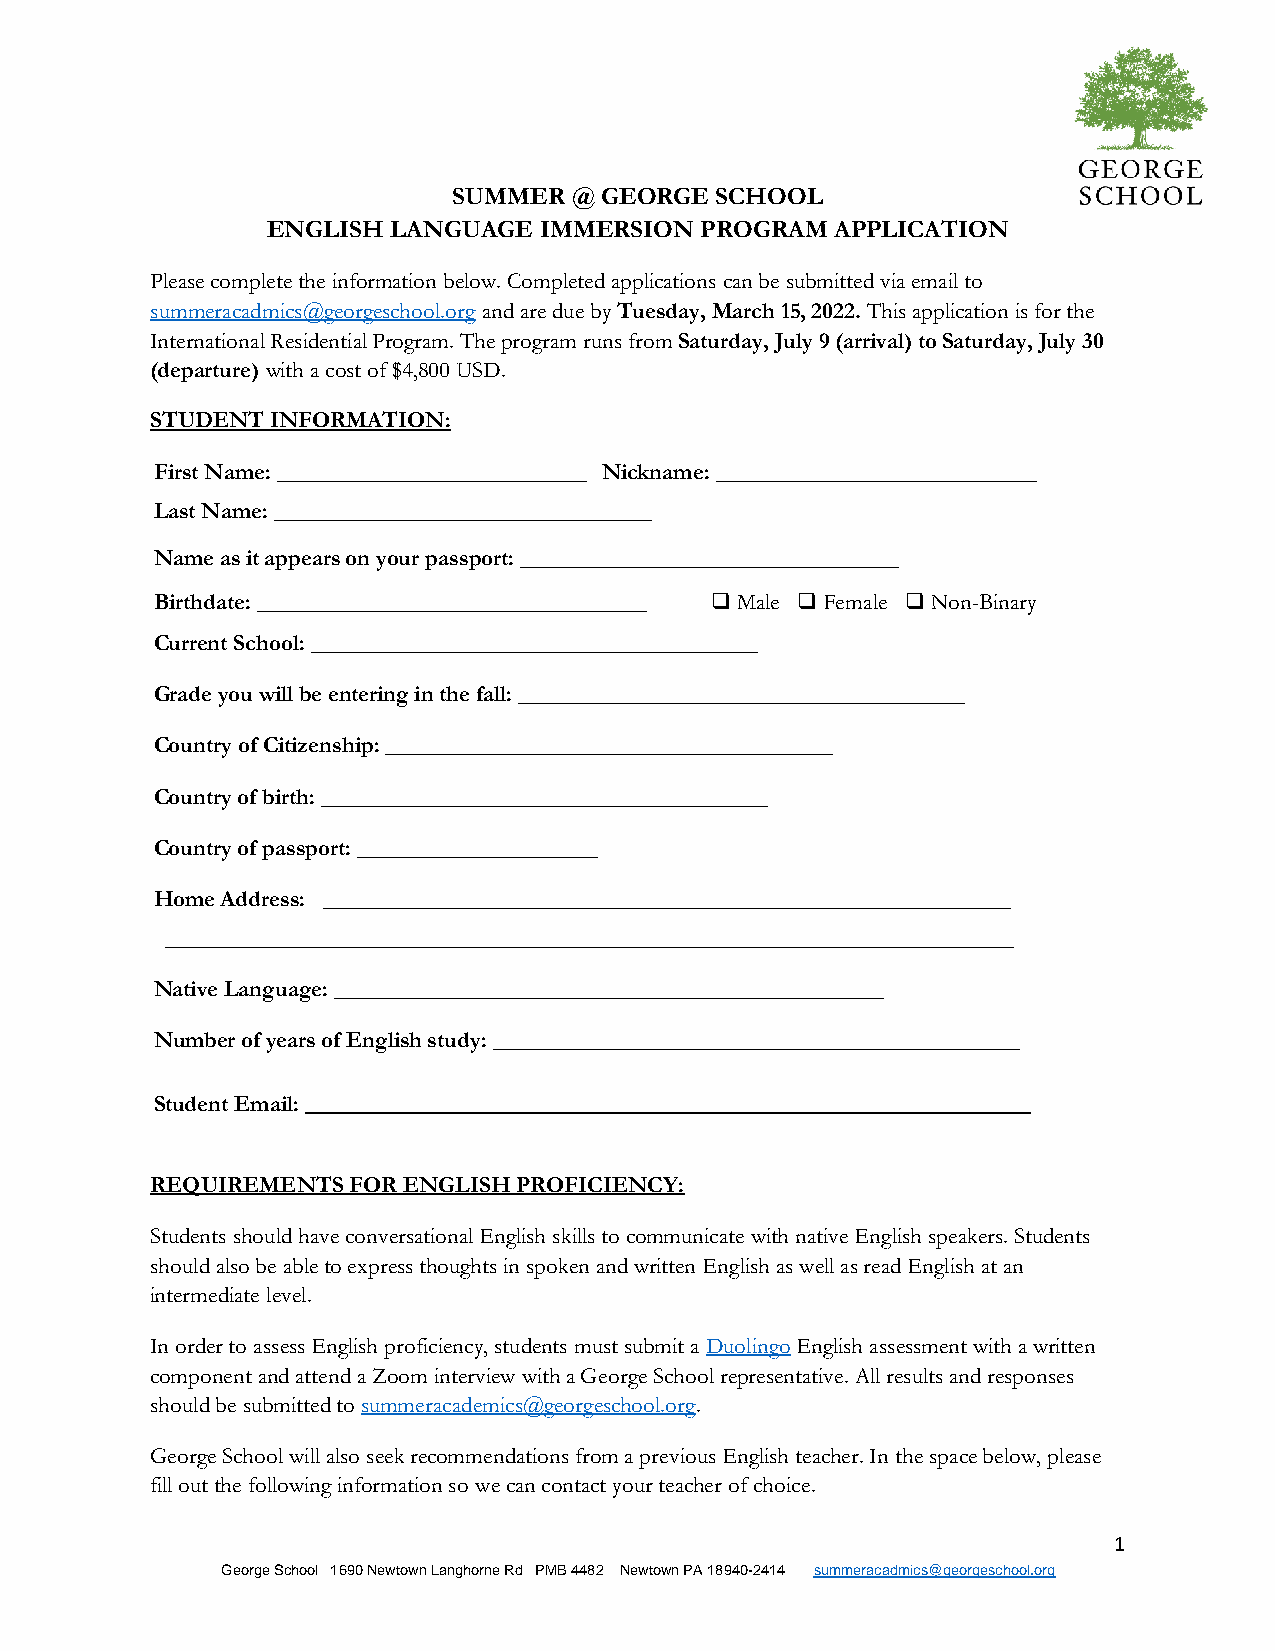
SUMMER  @ GEORGE SCHOOL
 ENGLISH LANGUAGE  IMMERSION PROGRAM  APPLICATION
 Please complete the information below. Completed applications can be submitted via email to
 summeracadmics@georgeschool.org and are due by Tuesday, March 15, 2022. This application is for the
 International Residential Program. The program runs from Saturday, July 9 (arrival) to Saturday, July 30
 (departure) with a cost of $4,800 USD.
 STUDENT INFORMATION:
 First Name: ___________________________ Nickname: ____________________________
 Last Name: _________________________________
 Name as it appears on your passport: _________________________________
 Birthdate: __________________________________ ❑ Male ❑ Female ❑ Non-Binary
 Current School: _______________________________________
 Grade you will be entering in the fall: _______________________________________
 Country of Citizenship: _______________________________________
 Country of birth: _______________________________________
 Country of passport: _____________________
 Home Address: ____________________________________________________________
 __________________________________________________________________________
 Native Language: ________________________________________________
 Number of years of English study: ______________________________________________
 Student Email:
 REQUIREMENTS FOR ENGLISH PROFICIENCY:
 Students should have conversational English skills to communicate with native English speakers. Students
 should also be able to express thoughts in spoken and written English as well as read English at an
 intermediate level.
 In order to assess English proficiency, students must submit a Duolingo English assessment with a written
 component and attend a Zoom interview with a George School representative. All results and responses
 should be submitted to summeracademics@georgeschool.org.
 George School will also seek recommendations from a previous English teacher. In the space below, please
 fill out the following information so we can contact your teacher of choice.
 1
 George School 1690 Newtown Langhorne Rd PMB 4482 Newtown PA 18940-2414 summeracadmics@georgeschool.org